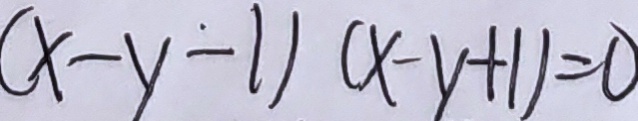
( x - y - 1 ) ( x - y + 1 ) = 0